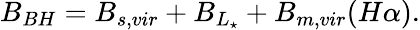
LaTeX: B_{BH}=B_{s,vir}+B_{L_{\star}}+B_{m,vir}(H\alpha).